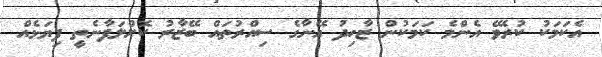
އެކަމަކު ކުރެވޭ އެންމެ ކަމަކުން ޒާހިދު އޭނާގެ ސިއްރުތައް ބޭޒާރު ކޮށްލަފާނެތީ ފިޔަޅެއް